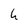
Character: h